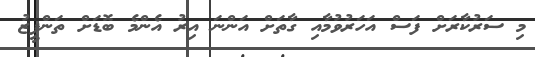
މި ސަރުކާރަށް ފަސް އަހަރުވުމާއި ގާތަށް އަންނަ އިރު އެންމެ ބޮޑަށް ތަންފީޒު